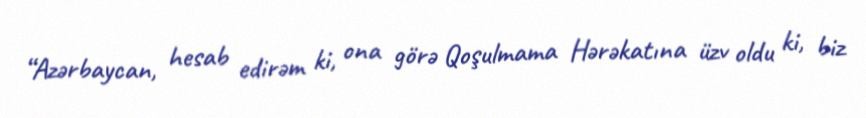
“Azərbaycan, hesab edirəm ki, ona görə Qoşulmama Hərəkatına üzv oldu ki, biz